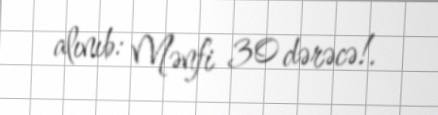
alınıb: Mənfi 30 dərəcə!.